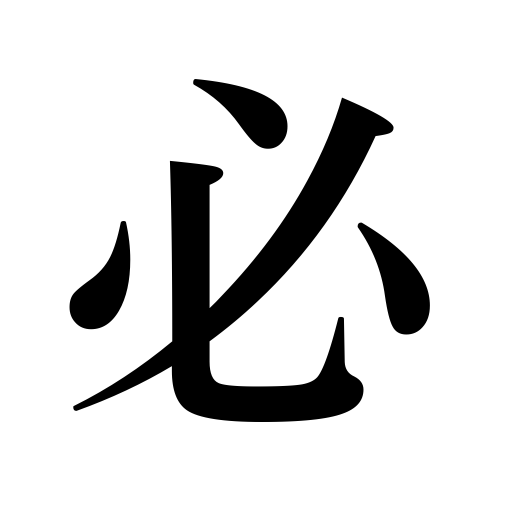
Meanings: invariably,certainly,positively